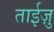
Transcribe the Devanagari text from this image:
ताईज़ु